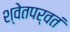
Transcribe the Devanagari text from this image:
श्वेतपर्वतं